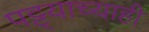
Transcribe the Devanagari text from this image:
पट्ट्याच्याही